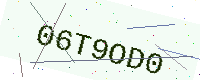
Text: 06T9OD0